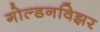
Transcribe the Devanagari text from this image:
गोल्डनविझर